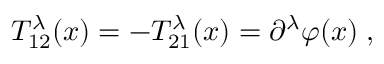
T _ { 1 2 } ^ { \lambda } ( x ) = - T _ { 2 1 } ^ { \lambda } ( x ) = \partial ^ { \lambda } \varphi ( x ) \; ,